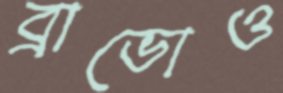
ব্রাভোও